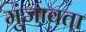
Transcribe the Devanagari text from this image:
मुंजावता